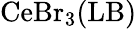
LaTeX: \mathrm{CeBr_{3}(LB)}